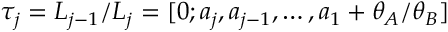
\tau _ { j } = L _ { j - 1 } / L _ { j } = [ 0 ; a _ { j } , a _ { j - 1 } , \ldots , a _ { 1 } + \theta _ { A } / \theta _ { B } ]